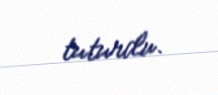
tuturdu.